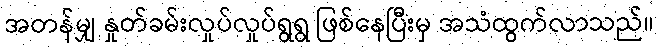
အတန်မျှ နှုတ်ခမ်းလှုပ်လှုပ်ရွရွ ဖြစ်နေပြီးမှ အသံထွက်လာသည်။